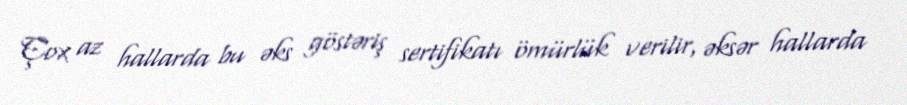
Çox az hallarda bu əks göstəriş sertifikatı ömürlük verilir, əksər hallarda